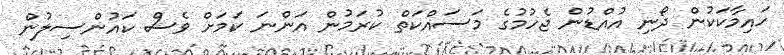
ހައިމާކަކުން ދޯނި އުއްޑުން ޖެހުމުގެ މަސައްކަތް ކުރަމުން އަންނަ ކަމަށް ވެސް ކައުންސިލުން